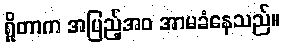
ရှိုတာက အပြည့်အဝ အာမခံနေသည်။